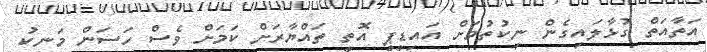
އަތާއަތް ގުޅާލައިގެން ނިކުތުމަށް އައިޑީޕީ އޮތީ ތައްޔާރަށް ކަމަށް ވެސް ހަސަން މަނިކު